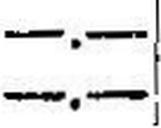
—.—